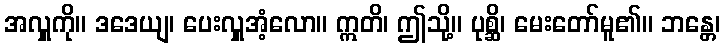
အလှူကို။ ဒဒေယျ၊ ပေးလှူအံ့လော။ ဣတိ၊ ဤသို့။ ပုစ္ဆိ၊ မေးတော်မူ၏။ ဘန္တေ၊